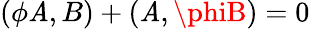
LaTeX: (\phi\mathit{A},B)+(\mathit{A},\phiB)=0